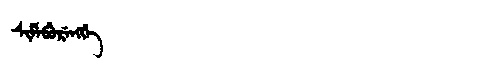
Manchu: ᠰᡳᠮᡝᠪᡠᡵᡝᠩᡤᡝ
Romanization: SIMEBURENGGE